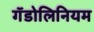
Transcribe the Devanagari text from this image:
गॅडोलिनियम